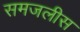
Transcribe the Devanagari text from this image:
समजलीस